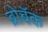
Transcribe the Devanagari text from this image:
ब्रोबॅक